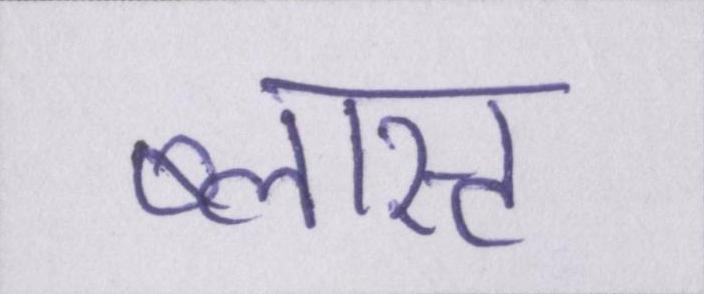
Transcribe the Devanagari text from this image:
ब्लास्ट